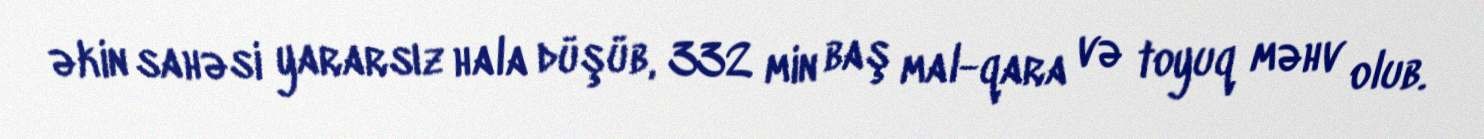
əkin sahəsi yararsız hala düşüb, 332 min baş mal-qara və toyuq məhv olub.